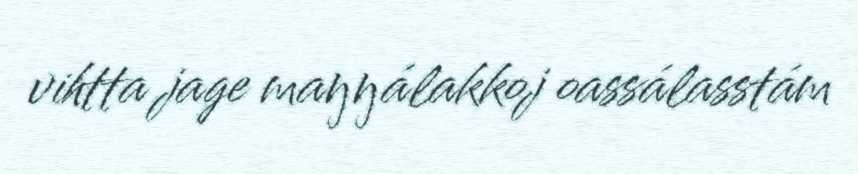
vihtta jage maŋŋálakkoj oassálasstám